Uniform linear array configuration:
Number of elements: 24
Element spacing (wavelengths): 1
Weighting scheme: kaiser
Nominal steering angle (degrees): -15
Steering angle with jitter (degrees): -15.215
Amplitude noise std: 0.05
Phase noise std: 0.05

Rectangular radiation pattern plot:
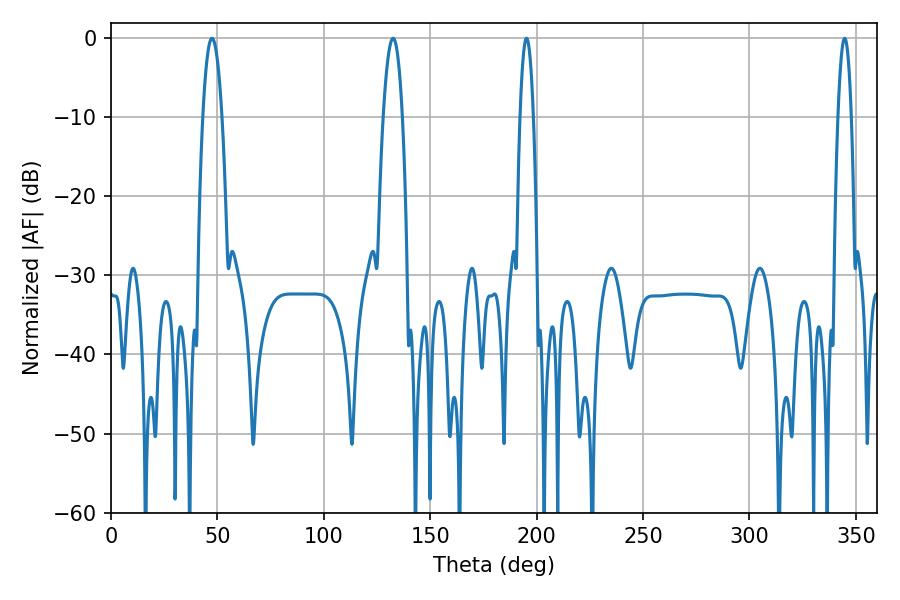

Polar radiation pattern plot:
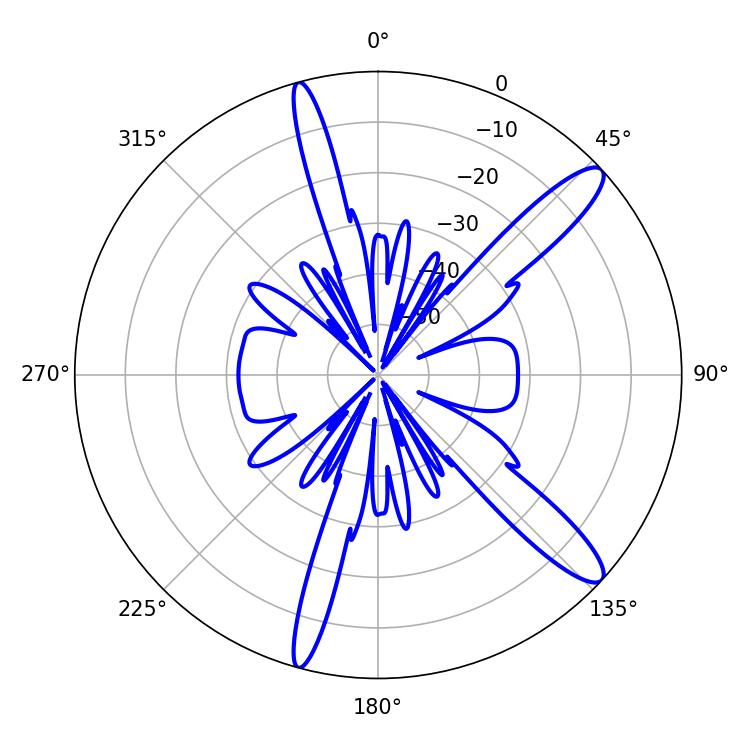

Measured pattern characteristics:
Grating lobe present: TRUE
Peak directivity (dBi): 12.854
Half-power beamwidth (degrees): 3.42
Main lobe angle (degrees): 344.7